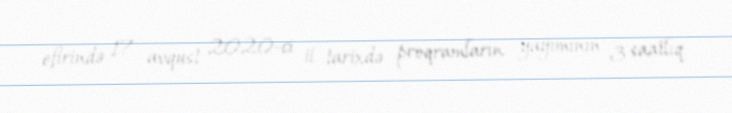
efirində 17 avqust 2020-ci il tarixdə proqramların yayımının 3 saatlıq